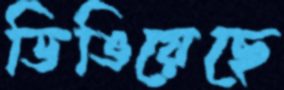
ডিঙিয়েছে